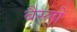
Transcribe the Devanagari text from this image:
बैस्लो